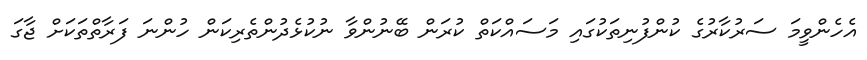
އެހެންވީމަ ސަރުކާރުގެ ކުންފުނިތަކުގައި މަސައްކަތް ކުރަން ބޭނުންވާ ނުކުޅެދުންތެރިކަން ހުންނަ ފަރާތްތަކަށް ޖާގަ